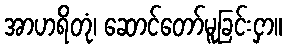
အာဟရိတုံ၊ ဆောင်တော်မူခြင်းငှာ။